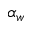
\alpha _ { w }